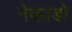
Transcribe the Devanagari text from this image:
नेव्हाडो